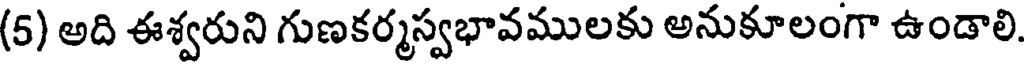
(5) అది ఈశ్వరుని గుణకర్మస్వభావములకు అనుకూలంగా ఉండాలి.